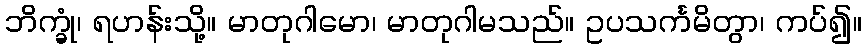
ဘိက္ခုံ၊ ရဟန်းသို့။ မာတုဂါမော၊ မာတုဂါမသည်။ ဥပသင်္ကမိတွာ၊ ကပ်၍။